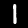
Digit: 1